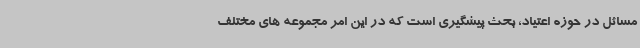
مسائل در حوزه اعتیاد، بحث پیشگیری است که در این امر مجموعه های مختلف